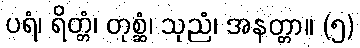
ပရံ၊ ရိတ္တံ၊ တုစ္ဆံ၊ သုညံ၊ အနတ္တာ။ (၅)